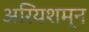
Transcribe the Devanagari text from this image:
अरियशम्न